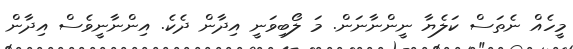
މީހެއް ނެތަސް ކަލެޔާ ނީންނާނަން. މަ ލޯބިވަނީ އިދާން ދެކެ. އިންނާނީވެސް އިދާން